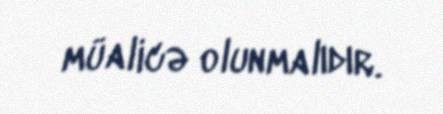
müalicə olunmalıdır.